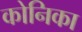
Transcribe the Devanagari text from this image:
कोनिका